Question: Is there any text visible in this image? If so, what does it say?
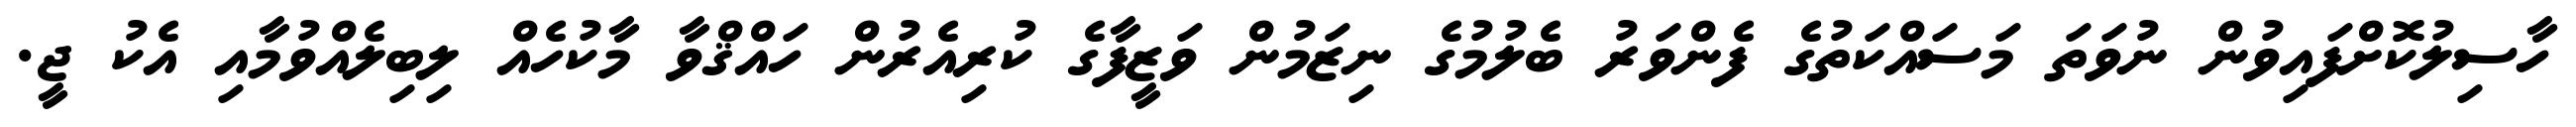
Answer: ހާސިލުކޮށްފައިވުން ނުވަތަ މަސައްކަތުގެ ފެންވަރު ބެލުމުގެ ނިޒަމުން ވަޒީފާގެ ކުރިއެރުން ހައްޤްވާ މާކުހެއް ލިބިލެއްވުމާއި އެކު ޖީ.